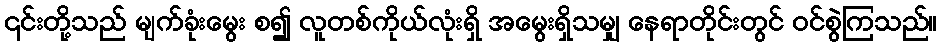
၎င်းတို့သည် မျက်ခုံးမွေး စ၍ လူတစ်ကိုယ်လုံးရှိ အမွေးရှိသမျှ နေရာတိုင်းတွင် ဝင်စွဲကြသည်။